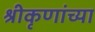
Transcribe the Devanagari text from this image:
श्रीकृणांच्या